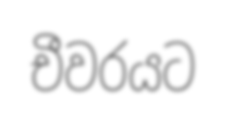
චීවරයට